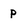
Character: p